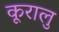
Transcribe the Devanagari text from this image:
कूरालु